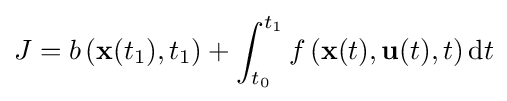
J=b\left(\mathbf {x} (t_{1}),t_{1}\right)+\int _{t_{0}}^{t_{1}}f\left(\mathbf {x} (t),\mathbf {u} (t),t\right)\mathrm {d} t